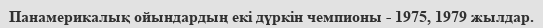
Панамерикалық ойындардың екі дүркін чемпионы - 1975, 1979 жылдар.